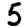
Digit: 5